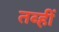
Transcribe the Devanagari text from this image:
तब्हीं